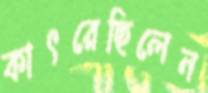
কাৎরেছিলেন